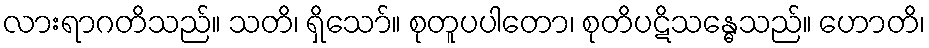
လားရာဂတိသည်။ သတိ၊ ရှိသော်။ စုတူပပါတော၊ စုတိပဋိသန္ဓေသည်။ ဟောတိ၊